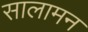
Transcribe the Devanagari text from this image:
सालामन